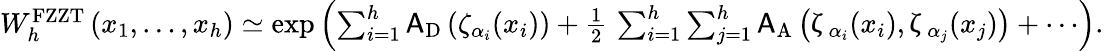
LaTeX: \begin{array}{r}{W_{h}^{\mathrm{FZZT}}\left(x_{1},\ldots,x_{h}\right)\simeq\exp\left(\sum_{i=1}^{h}\mathsf{A}_{\mathrm{D}}\left(\zeta_{\alpha_{i}}(x_{i})\right)+\frac{1}{2}\, \sum_{i=1}^{h}\sum_{j=1}^{h}\mathsf{A}_{\mathrm{A}}\left(\upzeta_{\alpha_{i}}(x_{i}),\upzeta_{\alpha_{j}}(x_{j})\right)+\cdots\right).}\end{array}